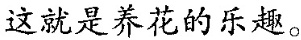
这就是养花的乐趣。